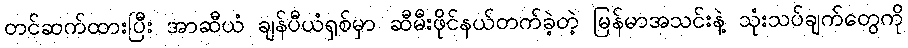
တင်ဆက်ထားပြီး အာဆီယံ ချန်ပီယံရှစ်မှာ ဆီမီးဖိုင်နယ်တက်ခဲ့တဲ့ မြန်မာအသင်းနဲ့ သုံးသပ်ချက်တွေကို